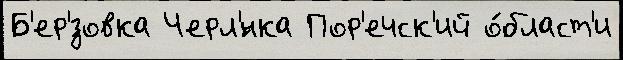
Б'ер'́зовка Черл'́нка Пор'ечск'ий о́бласт'и